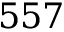
5 5 7